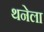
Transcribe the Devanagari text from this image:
थनेला